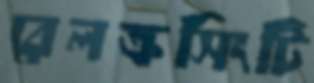
রেলক্রসিংটি